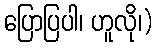
ပြောပြပါ၊ ဟူလို၊)